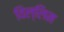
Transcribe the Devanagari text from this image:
विल्लिम